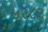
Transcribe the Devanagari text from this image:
५२८२